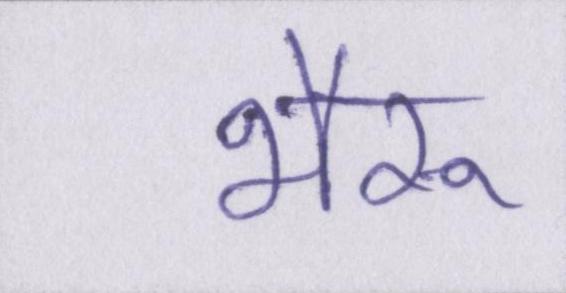
भैरू